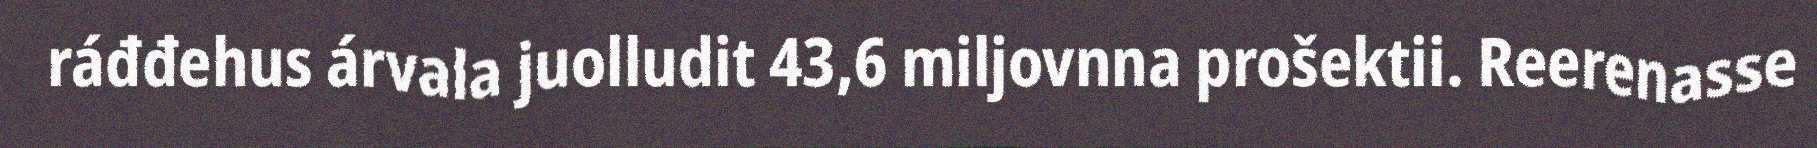
ráđđehus árvala juolludit 43,6 miljovnna prošektii. Reerenasse